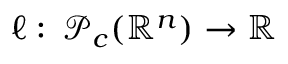
\ell : \, \mathcal P _ { c } ( \mathbb { R } ^ { n } ) \to \mathbb { R }